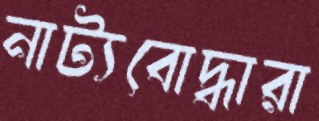
নাট্যবোদ্ধারা